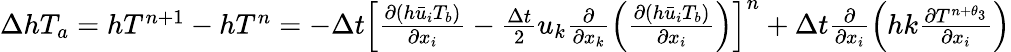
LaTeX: \begin{array}{r}{\Delta h{{T}_{a}}=h{{T}^{n+1}}-h{{T}^{n}}=-\Delta t{{\left[\frac{\partial\left(h{{{\bar{u}}}_{i}}T_{b}\right)}{\partial{{x}_{i}}}-\frac{\Delta t}{2}{{u}_{k}}\frac{\partial}{\partial{{x}_{k}}}\left(\frac{\partial\left(h{{{\bar{u}}}_{i}}T_{b}\right)}{\partial{{x}_{i}}}\right)\right]}^{n}}+\Delta t\frac{\partial}{\partial{{x}_{i}}}\left(hk\frac{\partial{{T}^{n+{{\theta}_{3}}}}}{\partial{{x}_{i}}}\right)}\end{array}